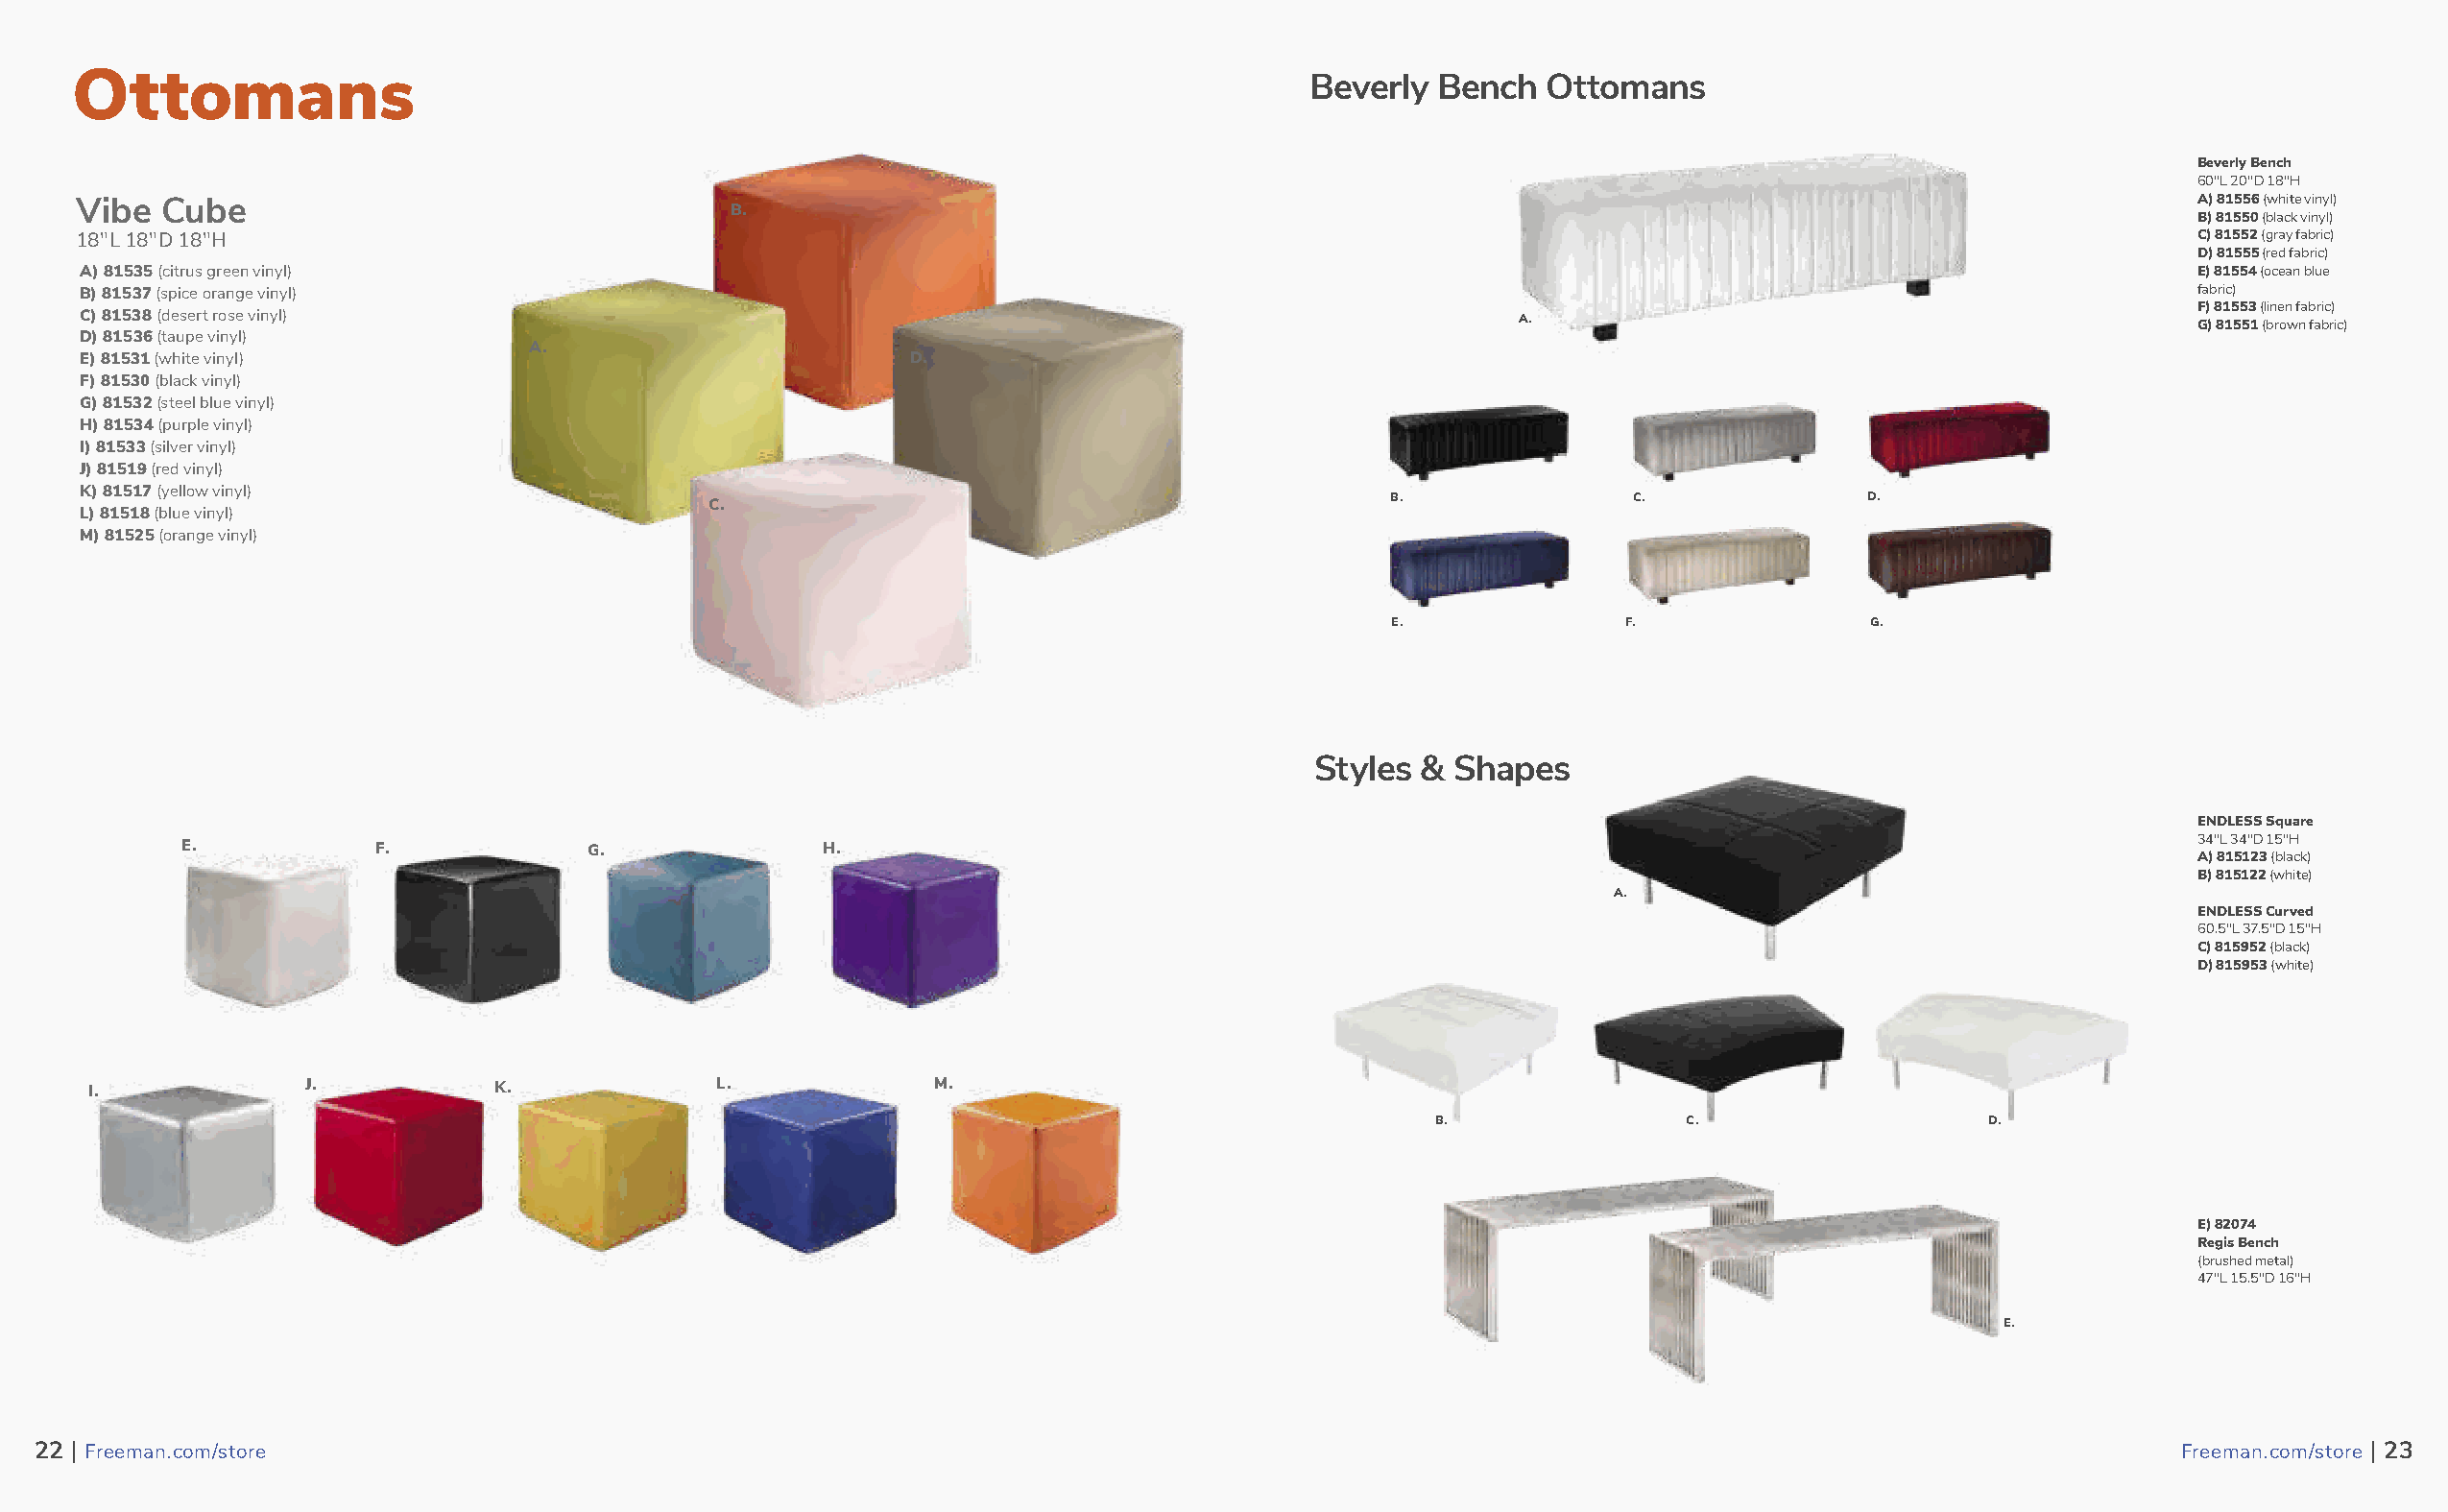
Ottomans                                                                             Beverly  Bench   Ottomans
 Beverly Bench
 60"L 20"D 18"H
 Vibe  Cube                                                                                                                                         A) 81556 (white vinyl)
 B.
 B) 81550 (black vinyl)
 18"L 18"D 18"H                                                                                                                                     C) 81552 (gray fabric)
 D) 81555 (red fabric)
 A) 81535 (citrus green vinyl)                                                                                                                     E) 81554 (ocean blue
 B) 81537 (spice orange vinyl)                                                                                                                     fabric)
 F) 81553 (linen fabric)
 C) 81538 (desert rose vinyl)                                                                       A.                                             G) 81551 (brown fabric)
 D) 81536 (taupe vinyl)
 A.
 E) 81531 (white vinyl)                                   D.
 F) 81530 (black vinyl)
 G) 81532 (steel blue vinyl)
 H) 81534 (purple vinyl)
 I) 81533 (silver vinyl)
 J) 81519 (red vinyl)
 K) 81517 (yellow vinyl)
 B.               C.              D.
 C.
 L) 81518 (blue vinyl)
 M) 81525 (orange vinyl)
 E.              F.               G.
 Styles & Shapes
 ENDLESS Square
 34"L 34"D 15"H
 E.           F.             G.              H.
 A) 815123 (black)
 B) 815122 (white)
 A.
 ENDLESS Curved
 60.5"L 37.5"D 15"H
 C) 815952 (black)
 D) 815953 (white)
 I.             J.           K.             L.             M.
 B.               C.                   D.
 E) 82074
 Regis Bench
 (brushed metal)
 47"L 15.5"D 16"H
 E.
 2222 || FFrreeeemmaann..ccoomm//ssttoorree                                                                                                          FFrreeeemmaann..ccoomm//ssttoorree || 2233
 23                                                                                                                                                                 24